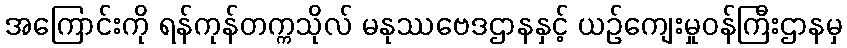
အကြောင်းကို ရန်ကုန်တက္ကသိုလ် မနုဿဗေဒဌာနနှင့် ယဉ်ကျေးမှုဝန်ကြီးဌာနမှ